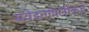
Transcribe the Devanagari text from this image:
संवेदनांपलीकडे